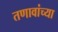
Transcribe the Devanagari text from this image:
तणावांच्या